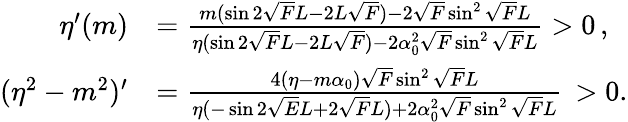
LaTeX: \begin{array}{rl}{\eta^{\prime}(m)}&{=\frac{m(\sin 2\sqrt{F}L-2L\sqrt{F})-2\sqrt{F}\sin^{2}\sqrt{F}L}{\eta(\sin 2\sqrt{F}L-2L\sqrt{F})-2\alpha_{0}^{2}\sqrt{F}\sin^{2}\sqrt{F}L}>0\, ,}\\ {(\eta^{2}-m^{2})^{\prime}}&{=\frac{4(\eta-m\alpha_{0})\sqrt{F}\sin^{2}\sqrt{F}L}{\eta(-\sin 2\sqrt{E}L+2\sqrt{F}L)+2\alpha_{0}^{2}\sqrt{F}\sin^{2}\sqrt{F}L}\, >0.}\end{array}